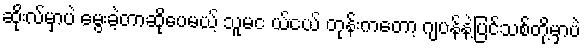
ဆိုးလ်မှာပဲ မွေးခဲ့တာဆိုပေမယ့် သူမင ယ်ငယ် တုန်းကတော့ ဂျပန်နဲ့ပြင်သစ်တို့မှာပဲ